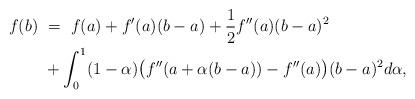
LaTeX: \begin{align*}f(b) \ &= \ f(a)+f'(a)(b-a)+\frac{1}{2}f''(a)(b-a)^2 \\&+ \int_0^1(1-\alpha)\big(f''(a+\alpha(b-a))-f''(a)\big)(b-a)^2d\alpha,\end{align*}